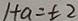
1 + a = \pm 2